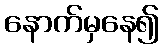
နောက်မှနေ၍